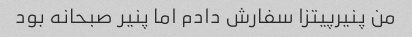
من پنیرپیتزا سفارش دادم اما پنیر صبحانه بود